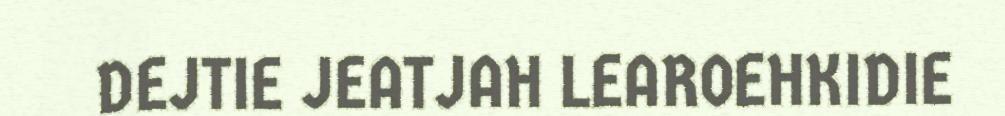
DEJTIE JEATJAH LEAROEHKIDIE